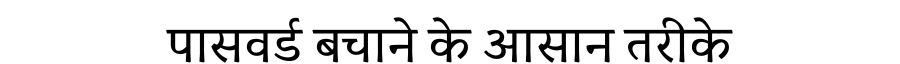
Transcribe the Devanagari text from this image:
पासवर्ड बचाने के आसान तरीके